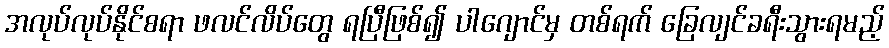
အလုပ်လုပ်နိုင်စရာ ဖလင်လိပ်တွေ ရပြီဖြစ်၍ ပါဂျောင်မှ တစ်ရက် ခြေလျင်ခရီးသွားရမည့်